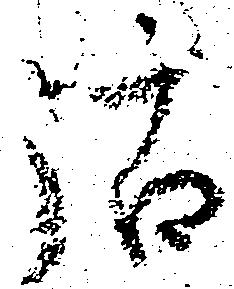
沽